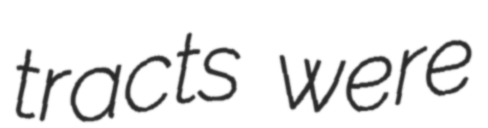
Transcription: tracts were